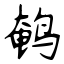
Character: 鹌